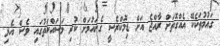
ގައުމުތަކެކޭ އެއްގޮތަށް ރާއްޖެ އަށް ޑިމޮކްރެސީ ގެނައުމަށް ކުރި މަސައްކަތުގައި ވެސް އެޅި